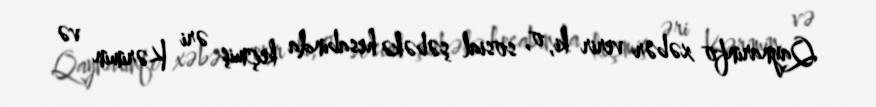
Qaynarinfo xəbər verir ki, o, sosial şəbəkə hesabında keçmiş əri Kərimin və